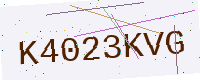
Text: K4023KVG